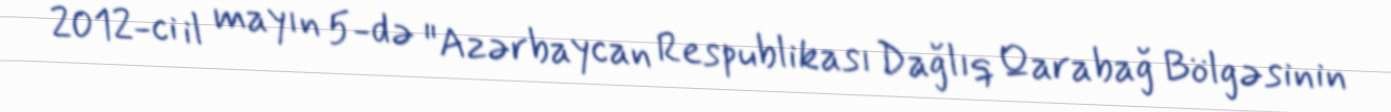
2012-ci il mayın 5-də "Azərbaycan Respublikası Dağlıq Qarabağ Bölgəsinin